Leaving Certificate Examination, 1918
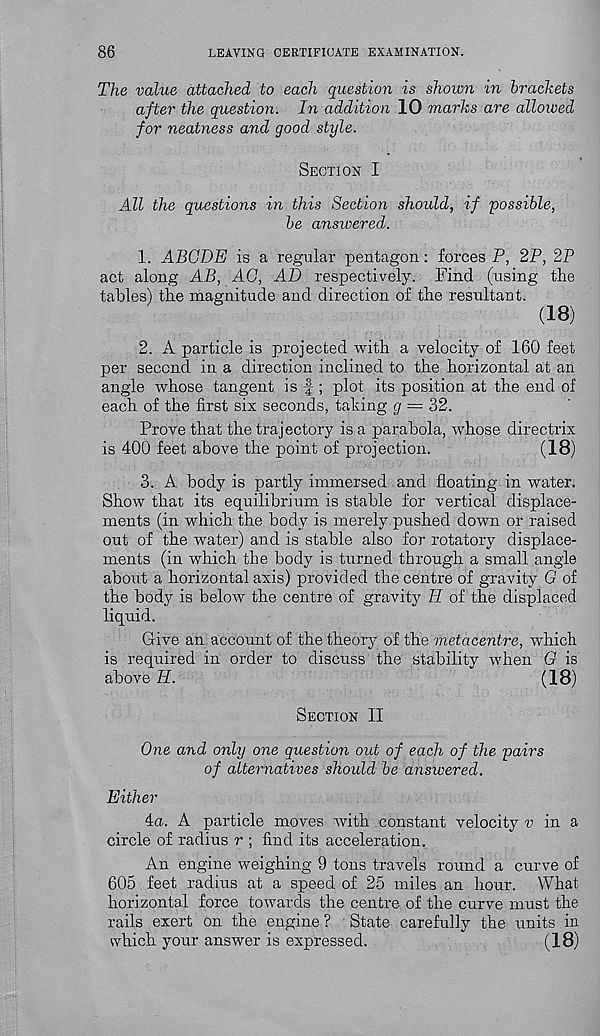
86
LEAVING CERTIFICATE EXAMINATION.
The value attached to each question is shown in brackets
after the question. In addition 10 marks are allowed
for neatness and good style.
Section 1
All the questions in this Section should, if possible,
be answered.
1. ABODE is a regular pentagon: forces P, 2P, 2P
act along AB, AG, AD respectively. Find (using the
tables) the magnitude and direction of the resultant.
(18)
2. A particle is projected with a velocity of 160 feet
per second in a direction inclined to the horizontal at an
angle whose tangent is f ; plot its position at the end of
each of the first six seconds, taking g = 32.
Prove that the trajectory is a parabola, whose directrix
is 400 feet above the point of projection.
(18)
3. A body is partly immersed and floating in water.
Show that its equilibrium is stable for vertical displace-
ments (in which the body is merely pushed down or raised
out of the water) and is stable also for rotatory displace-
ments (in which the body is turned through a small angle
about a horizontal axis) provided the centre of gravity G of
the body is below the centre of gravity II of the displaced
liquid.
Give an account of the theory of the metacentre, which
is required in order to discuss the stability when G is
above H.
(18)
Section II
One and only one question out of each of the pairs
of alternatives should be answered.
Either
4a. A particle moves with constant velocity i; in a
circle of radius r ; find its acceleration.
An engine weighing 9 tons travels round a curve of
605 feet radius at a speed of 25 miles an hour. What
horizontal force towards the centre of the curve must the
rails exert on the engine ? State carefully the units in
which your answer is expressed.
(18)